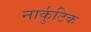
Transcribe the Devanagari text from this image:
नार्कुटिक